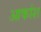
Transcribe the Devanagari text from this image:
आकांश